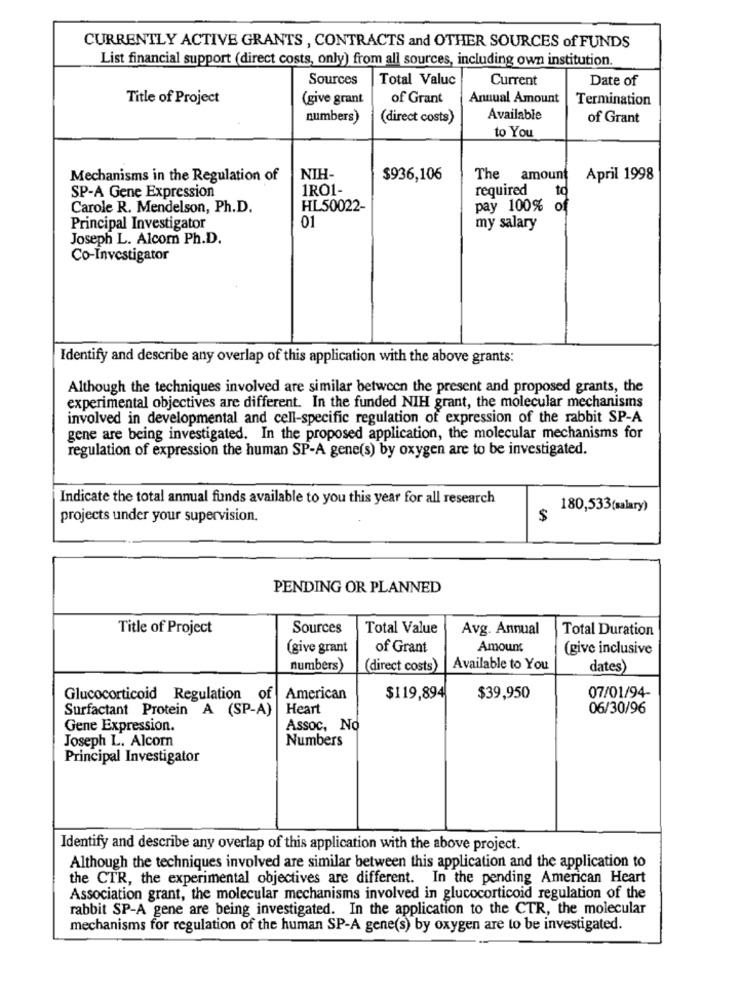
CURRENTLY ACTIVE GRANTS , CONTRACTS and OTHER SOURCES of FUNDS
List financial support (direct costs, only) from all sources, including own institution.
Sources
Total Valuc
Current
Date of
Title of Project
(give grant
of Grant
Annual Amount
Termination
numbers)
(direct costs)
Available
of Grant
to You
Mechanisms in the Regulation of
NIH-
$936,106
The amount
April 1998
1RO1-
required
to
SP-A Gene Expression
Carole R. Mendelson, Ph.D.
HL50022-
pay 100% of
Principal Investigator
01
my salary
Joseph L. Alcom Ph.D.
Co-Investigator
Identify and describe any overlap of this application with the above grants:
Although the techniques involved are similar between the present and proposed grants, the
experimental objectives are different. In the funded NIH grant, the molecular mechanisms
involved in developmental and cell-specific regulation of expression of the rabbit SP-A
gene are being investigated. In the proposed application, the molecular mechanisms for
regulation of expression the human SP-A gene(s) by oxygen are to be investigated.
Indicate the total annual funds available to you this year for all research
180,533(salary)
projects under your supervision.
$
PENDING OR PLANNED
Title of Project
Sources
Total Value
Avg. Annual
Total Duration
(give grant
of Grant
Amount
(give inclusive
numbers)
(direct costs)
Available to You
dates)
Glucocorticoid Regulation of
American
$119,894
$39,950
07/01/94-
Surfactant Protein A (SP-A)
Heart
06/30/96
Gene Expression.
Assoc, No
Joseph L. Alcom
Numbers
Principal Investigator
Identify and describe any overlap of this application with the above project.
Although the techniques involved are similar between this application and the application to
the CTR, the experimental objectives are different. In the pending American Heart
Association grant, the molecular mechanisms involved in glucocorticoid regulation of the
rabbit SP-A gene are being investigated. In the application to the CTR, the molecular
mechanisms for regulation of the human SP-A gene(s) by oxygen are to be investigated.